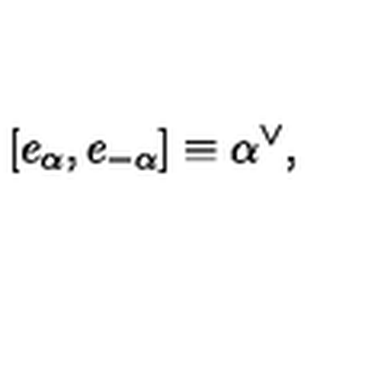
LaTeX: [ e _ { \alpha } , e _ { - \alpha } ] \equiv \alpha ^ { \vee } ,